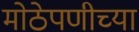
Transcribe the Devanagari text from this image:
मोठेपणीच्या